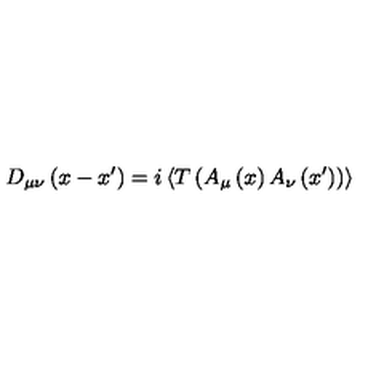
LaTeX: D _ { \mu \nu } \left( x - x ^ { \prime } \right) = i \left\langle T \left( A _ { \mu } \left( x \right) A _ { \nu } \left( x ^ { \prime } \right) \right) \right\rangle